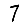
Digit: 7